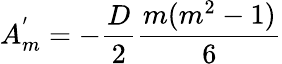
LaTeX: A_{m}^{'}=-\frac{D}{2}\frac{m(m^{2}-1)}{6}